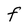
Character: f